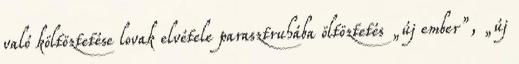
való költöztetése lovak elvétele parasztruhába öltöztetés „új ember”, „új